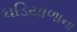
ઘડિયાળાના